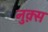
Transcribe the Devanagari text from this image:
नुक़्स